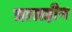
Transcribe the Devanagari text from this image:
त्रासहीन